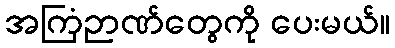
အကြံဉာဏ်တွေကို ပေးမယ်။